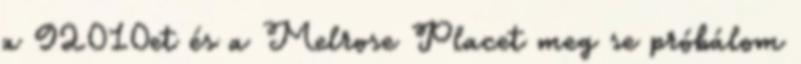
a 92010et és a Melrose Placet meg se próbálom